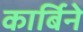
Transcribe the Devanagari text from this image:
कार्बिने